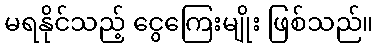
မရနိုင်သည့် ငွေကြေးမျိုး ဖြစ်သည်။